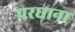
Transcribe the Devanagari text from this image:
परघाना